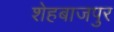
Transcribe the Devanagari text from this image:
शेहबाजपुर